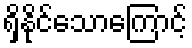
ရှိနိုင်သောကြောင့်